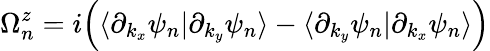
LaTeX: \Omega_{n}^{z}=i\Big(\langle\partial_{k_{x}}\psi_{n}|\partial_{k_{y}}\psi_{n}\rangle-\langle\partial_{k_{y}}\psi_{n}|\partial_{k_{x}}\psi_{n}\rangle\Big)